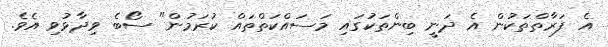
އެ ފަރާތްތަކުން އެ ދަނީ ބިންތަކުގައި މަސައްކަތްތައް ކުރަމުން" ސޯބެ ވިދާޅުވި އެވެ.